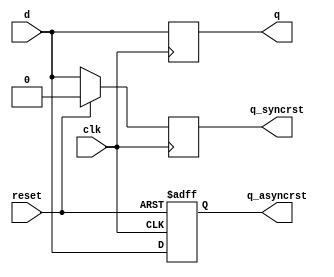
module dffp(clk,reset,d,q,q_syncrst,q_asyncrst);
  
  input   wire     clk;
  input   wire     reset;
  input   wire     d;

  output    reg     q;
  output    reg     q_syncrst;
  output    reg     q_asyncrst;

  // No reset
  always@(posedge clk)
    q <= d;

  // Sync reset
  always@(posedge clk)
    if (reset)
      q_syncrst<= 1'b0;
    else
      q_syncrst <= d;

  // Async reset
  always@(posedge clk or posedge reset)
    if (reset)
      q_asyncrst<= 1'b0;
    else
      q_asyncrst <= d;

endmodule